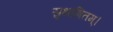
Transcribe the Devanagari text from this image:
सुभाषितम्।